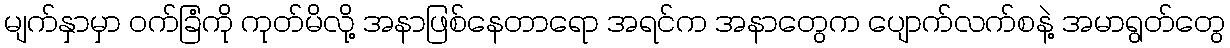
မျက်နှာမှာ ဝက်ခြံကို ကုတ်မိလို့ အနာဖြစ်နေတာရော အရင်က အနာတွေက ပျောက်လက်စနဲ့ အမာရွတ်တွေ